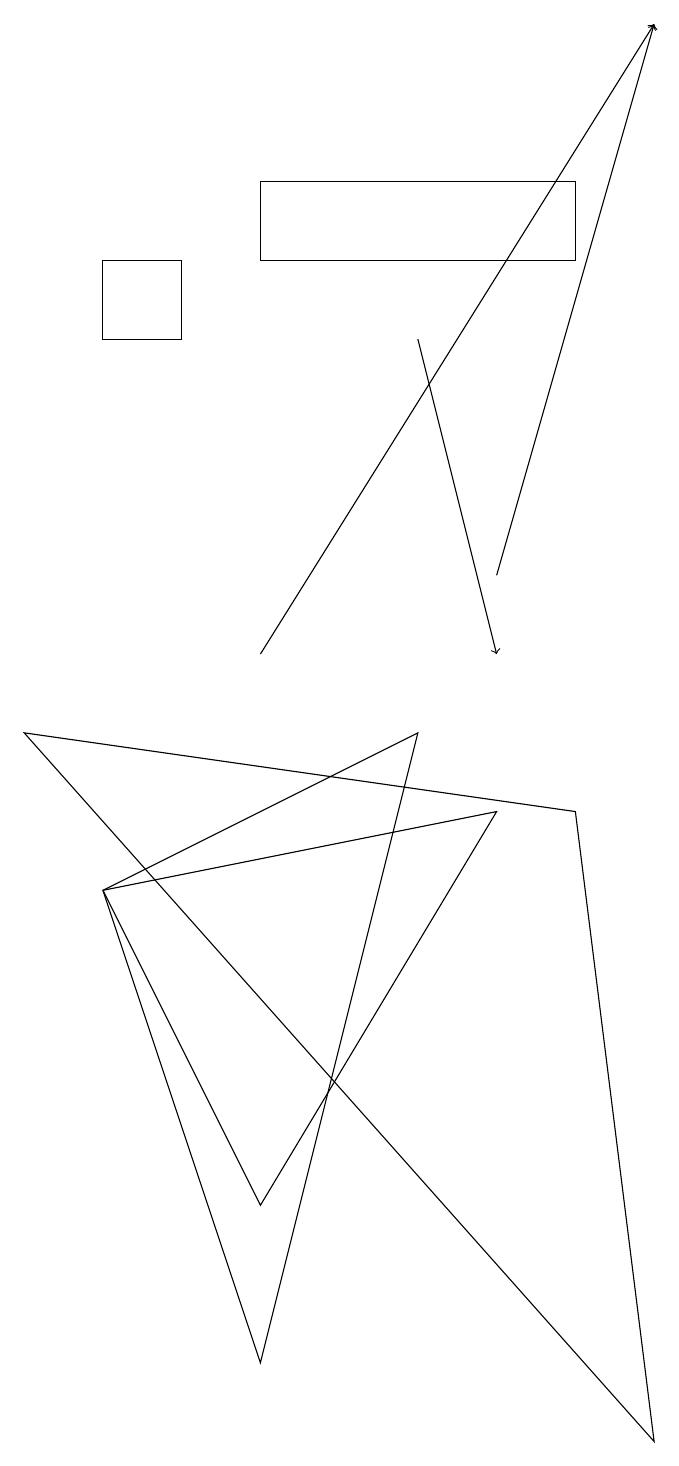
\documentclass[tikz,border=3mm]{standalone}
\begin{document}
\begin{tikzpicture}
\draw (8,15) rectangle (4,16);
\draw[->] (6,14) -- (7,10);
\draw[->] (4,10) -- (9,18);
\draw (3,14) rectangle (2,15);
\draw[->] (7,11) -- (9,18);
\draw (2,7) -- (4,3) -- (7,8) -- cycle;
\draw (4,1) -- (2,7) -- (6,9) -- cycle;
\draw (9,0) -- (1,9) -- (8,8) -- cycle;
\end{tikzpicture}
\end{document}